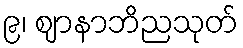
၉၊ ဈာနာဘိညသုတ်